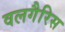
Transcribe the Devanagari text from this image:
वलगैरिस